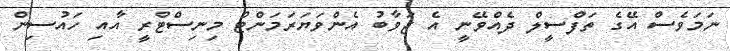
ނަމަވެސް އޭގެ ތަފްސީލް ދެއްވޭނީ އެ ޖަވާބު އެންވަޔަރަމަންޓް މިނިސްޓްރީ އާއި ހައުސިން